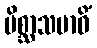
မိစ္ဆာသမာဓိံ